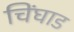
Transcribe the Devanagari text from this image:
चिंघाड